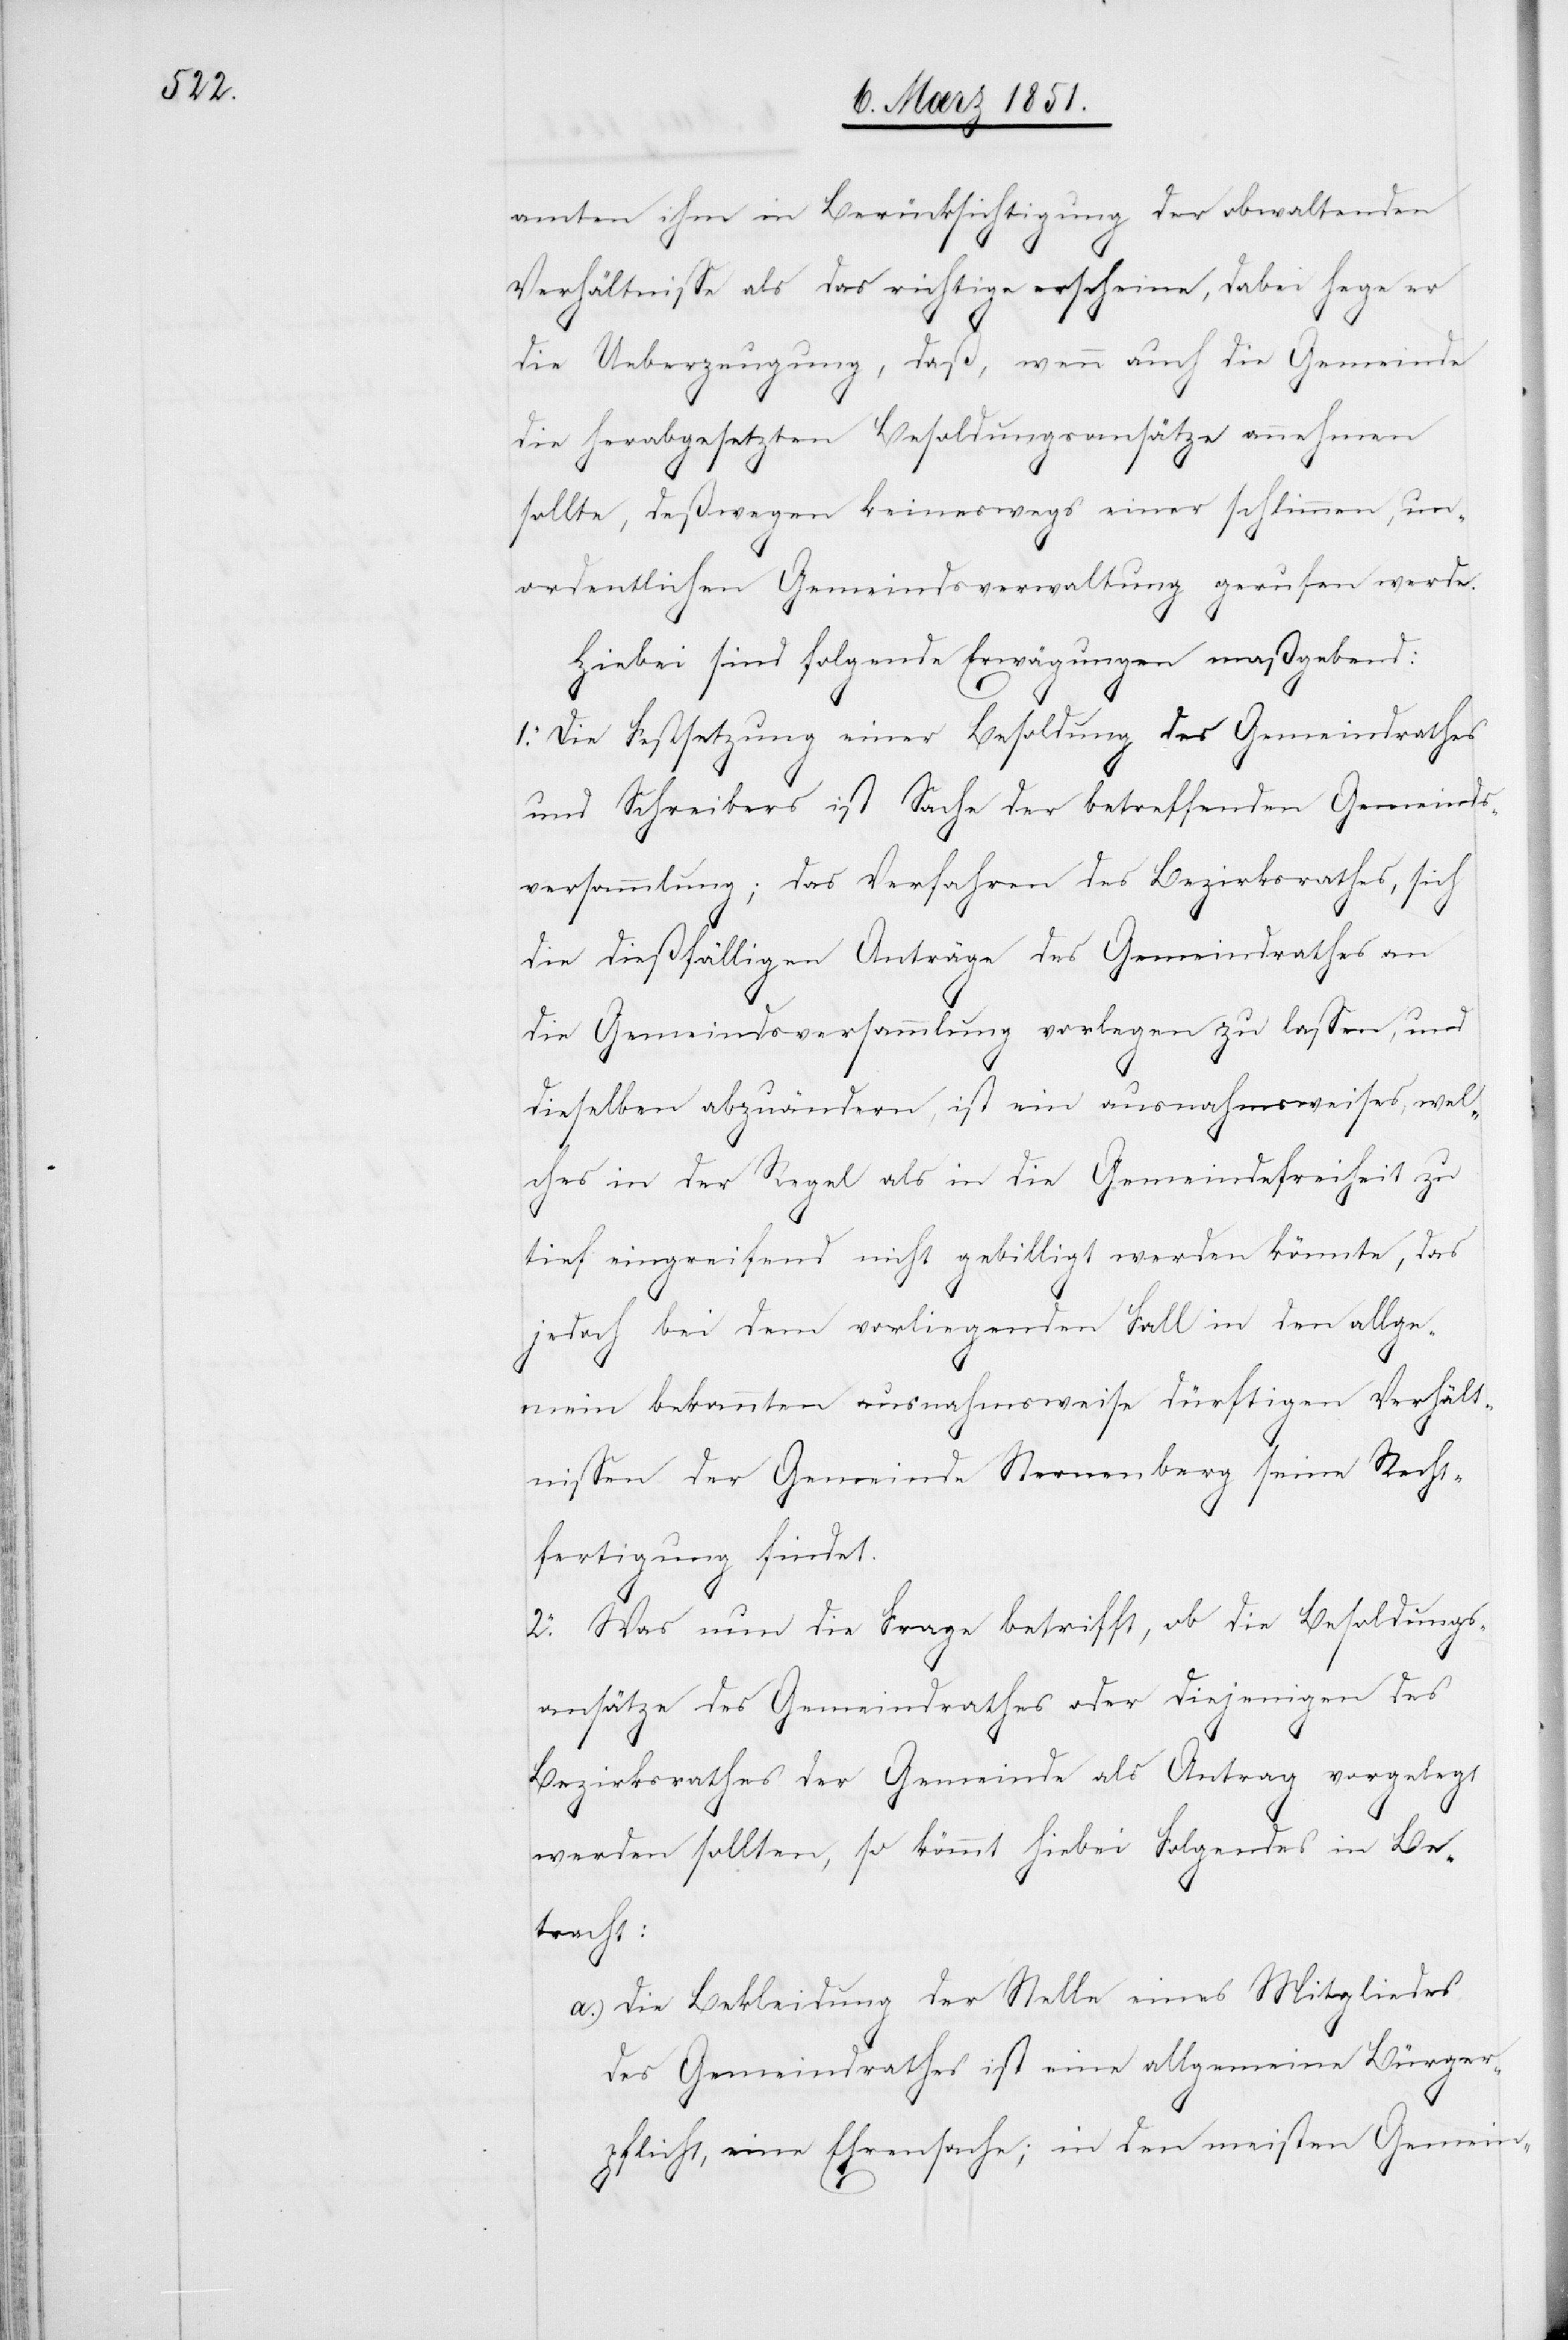
amten ihm in Berücksichtigung der obwaltenden
Verhältnisse als das richtige erscheine, dabei hege er
die Ueberzeugung, daß, wenn auch die Gemeinde
die herabgesetzten Besoldungsansätze annehmen
sollte, deßwegen keineswegs einer schlimmen, un¬
ordentlichen Gemeindsverwaltung gerufen werde.
Hiebei sind folgende Erwägungen maßgebend:
1. Die Festsetzung einer Besoldung des Gemeindrathes
und Schreibers ist Sache der betreffenden Gemeinds¬
versammlung; das Verfahren des Bezirksrathes, sich
die dießfälligen Anträge des Gemeindrathes an
die Gemeindsversammlung vorlegen zu lassen, und
dieselben abzuändern, ist ein ausnahmsweises, wel¬
ches in der Regel als in die Gemeindefreiheit zu
tief eingreifend nicht gebilligt werden könnte, das
jedoch bei dem vorliegenden Fall in den allge¬
mein bekannten ausnahmsweise dürftigen Verhält¬
nissen der Gemeinde Sternenberg seine Recht¬
fertigung findet.
2. Was nun die Frage betrifft, ob die Besoldungs¬
ansätze des Gemeindrathes oder diejenigen des
Bezirksrathes der Gemeinde als Antrag vorgelegt
werden sollten, so kömmt hiebei Folgendes in Be¬
tracht:
Die Bekleidung der Stelle eines Mitgliedes
des Gemeindrathes ist eine allgemeine Bürger¬
pflicht, eine Ehrensache; in den meisten Gemein-